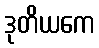
ဒုတိယကေ